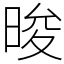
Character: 晙